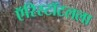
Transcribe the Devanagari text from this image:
ऍरिस्टॉटलला